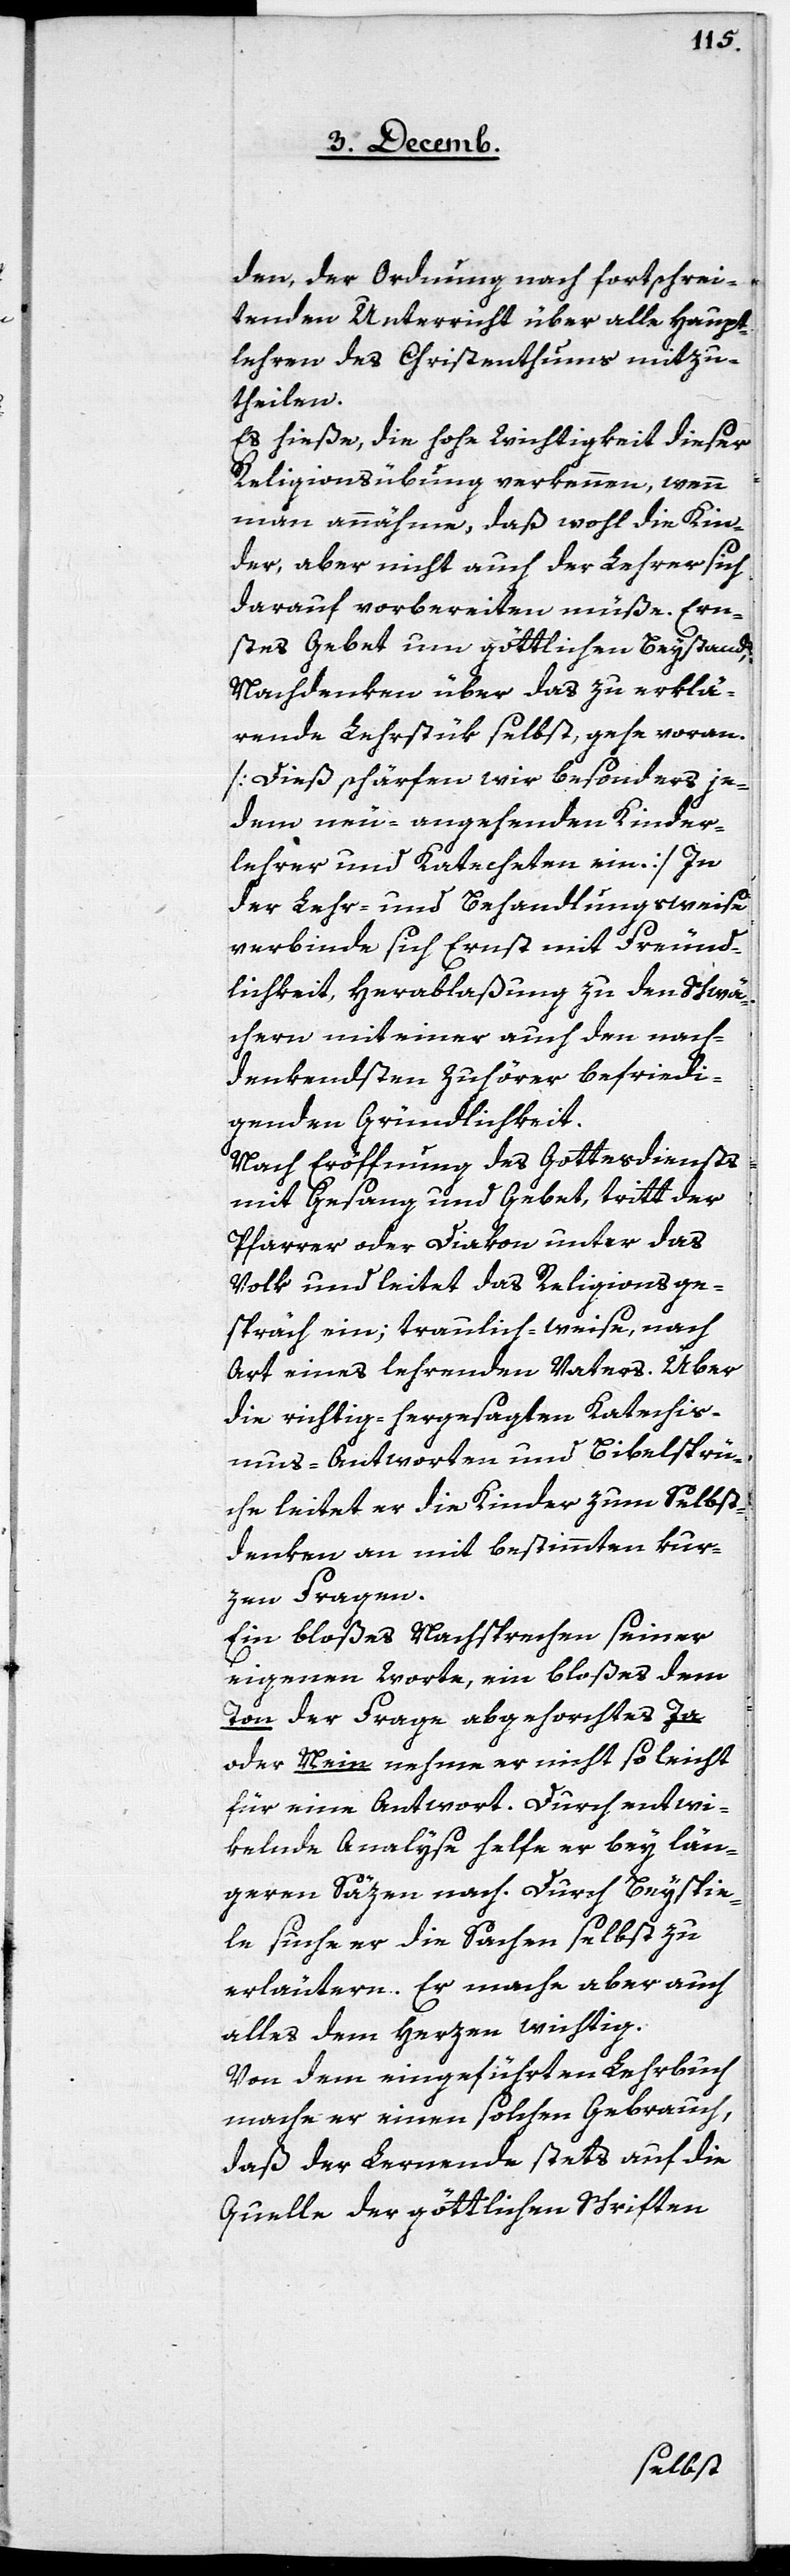
den, der Ordnung nach fortschrei¬
tenden Unterricht über alle Haupt¬
lehren des Christenthums mizu¬
theilen.
Es hieße, die hohe Wichtigkeit dieser
Religionsübung verkennen, wenn
man annähme, daß wohl die Kin¬
der, aber nicht auch der Lehrer sich
darauf vorbereiten müße. Ern¬
stes Gebet um göttlichen Beystands,
Nachdenken über das zu erklä¬
rende Lehrstük selbst, gehe voran.
[Dieß schärfen wir besonders je¬
dem neu-angehenden Kinder¬
lehrer und Katecheten ein.] In
der Lehr- und Behandlungsweise
verbinde sich Ernst mit Freund¬
lichkeit, Herablaßung zu den Schwä¬
chern mit einer auch den nach¬
denkendsten Zuhörer befriedi¬
genden Gründlichkeit.
Nach Eröffnung des Gottesdiensts
mit Gesang und Gebet, tritt der
Pfarrer oder Diakon unter das
Volk und leitet das Religionsge¬
spräch ein; traulich-weise, nach
Art eines lehrenden Vaters. Über
die richtig-hergesagte Katechis¬
mus-Antworten und Bibelsprü¬
che leitet er die Kinder zum Selbst¬
denken an mit bestimmten kur¬
zen Fragen.
Ein bloßes Nachsprechen seiner
eigenen Worte, ein bloßes dem
Ton der Frage abgehorchtes Ja
oder Nein nehme er nicht so leicht
für eine Antwort. Durch entwi¬
kelnde Analyse helfe er bey län¬
geren Säzen nach. Durch Beyspie¬
le suche er die Sachen selbst zu
erläutern. Er mache aber auch
alles dem Herzen wichtig.
Von dem eingeführten Lehrbuch
mache er einen solchen Gebrauch,
daß der Lernende stets auf die
Quelle der göttlichen Schriften